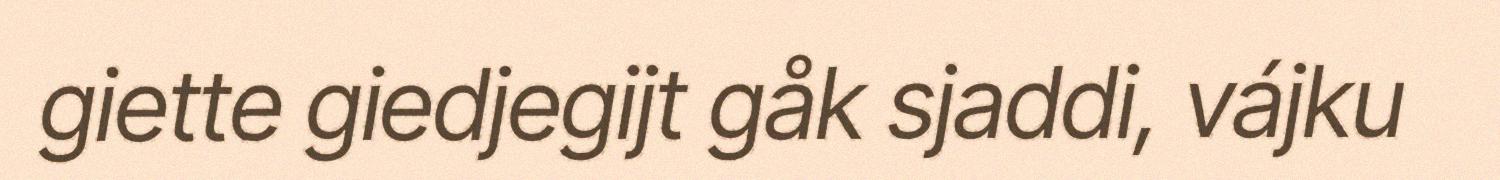
giette giedjegijt gåk sjaddi, vájku